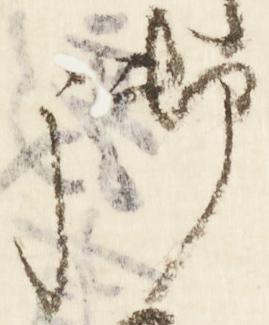
御